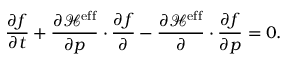
\frac { \partial f } { \partial t } + \frac { \partial \mathcal { H } ^ { \mathrm { e f f } } } { \partial \v { p } } \cdot \frac { \partial f } { \partial \v { r } } - \frac { \partial \mathcal { H } ^ { \mathrm { e f f } } } { \partial \v { r } } \cdot \frac { \partial f } { \partial \v { p } } = 0 .